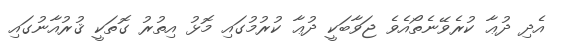
އެދި ދުޢާ ކުރެވޭނެތޯއެވެ ޖަވާބަކީ ދުޢާ ކުރުމުގައި މޮޅު އިތުރު ގޮތަކީ ޤުރުއާނުގައި